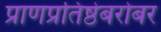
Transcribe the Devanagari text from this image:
प्राणप्रतिष्ठेबरोबर